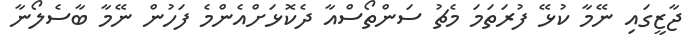
ޖާޒީގައި ނޭމާ ކުޅޭ ފުރަތަމަ މެޗު ސަންތޯސްއާ ދެކޮޅަށްއެންމެ ފަހުން ނޭމާ ބާސެލޯނާ